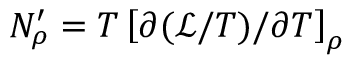
N _ { \rho } ^ { \prime } = T \left[ \partial ( \mathcal { L } / T ) / \partial T \right] _ { \rho }